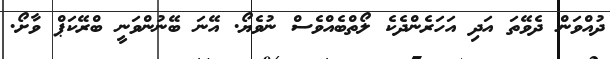
ދުއްވަން ދެވޭތަ އަދި އަހަރެންދެކެ ލޯތްބެއްވެސް ނުވެޔޯ. އޭނަ ބޭނުންވަނީ ބްރޭކަޕް ވާށޯ.